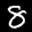
Label: 8